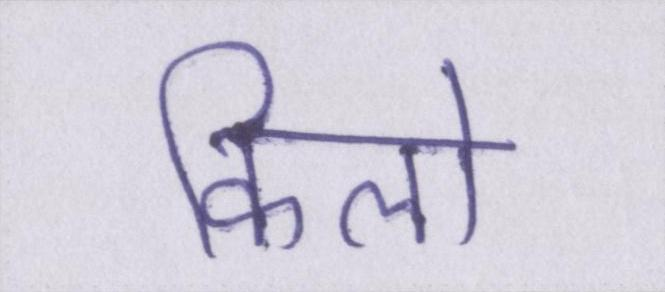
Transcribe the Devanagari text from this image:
किलो